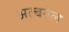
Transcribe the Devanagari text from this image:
अल्बनेल